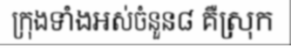
ក្រុងទាំងអស់ចំនួន៨ គឺស្រុក